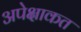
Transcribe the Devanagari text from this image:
अपेक्षाकत